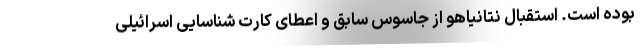
بوده است. استقبال نتانیاهو از جاسوس سابق و اعطای کارت شناسایی اسرائیلی